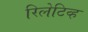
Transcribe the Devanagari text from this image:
रिलेटिव्ह